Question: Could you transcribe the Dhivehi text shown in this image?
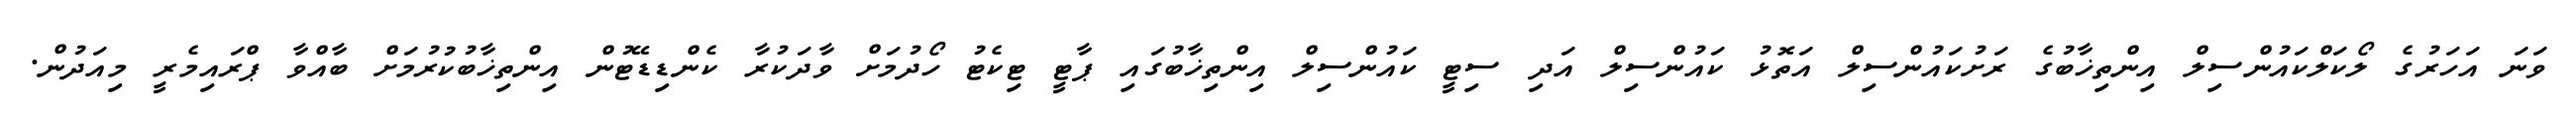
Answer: ވަނަ އަހަރުގެ ލޯކަލްކައުންސިލް އިންތިޚާބުގެ ރަށުކައުންސިލް އަތޮޅު ކައުންސިލް އަދި ސިޓީ ކައުންސިލް އިންތިޚާބުގައި ޕާޓީ ޓިކެޓު ހޯދުމަށް ވާދަކުރާ ކެންޑިޑޭޓުން އިންތިޚާބުކުރުމަށް ބާއްވާ ޕްރައިމެރީ މިއަދުން.